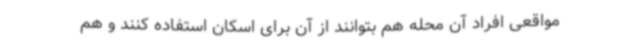
مواقعی افراد آن محله هم بتوانند از آن برای اسکان استفاده کنند و هم